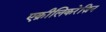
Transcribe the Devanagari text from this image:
एक्रीलिकरेज़िन